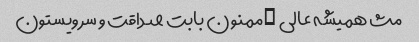
مث همیشه عالی …ممنون بابت صداقت و سرویستون